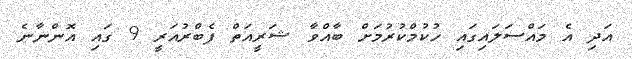
އަދި އެ މައްސަލައިގައި ހުކުމްކުރުމަށް ބާއްވާ ޝަރީއަތް ފެބްރުއަރީ 9 ގައި އޮންނާނެ